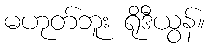
မဟုတ်ဘူး ရိုဒီယွန်။